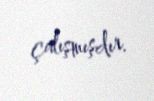
çalışmışdır.